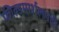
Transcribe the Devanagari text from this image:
फील्डमार्शलपदी